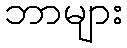
ဘာများ